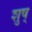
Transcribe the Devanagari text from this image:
शुष्